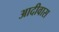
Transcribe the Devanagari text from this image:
आदीवास